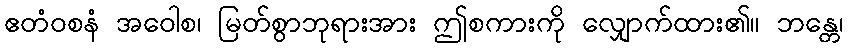
ဧတံဝစနံ အဝေါစ၊ မြတ်စွာဘုရားအား ဤစကားကို လျှောက်ထား၏။ ဘန္တေ၊